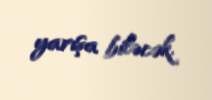
yarışa biləcək.